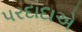
પરદાદાએ